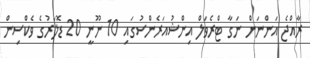
ރާއްޖެ އަންނަން ނަގާ ޓްރެވަލް އިންޝުއަރެންސުގައި 10 ނޫނީ 20 ޑޮލަރުގެ ވެކްސިން